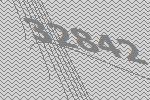
32842